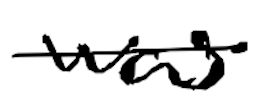
Text: was
Cross-out: mix
Writing tool: digital_black